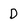
Character: D